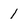
Character: 1